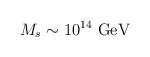
LaTeX: \begin{align*}M_s \sim 10^{14}~ {\rm GeV} \end{align*}